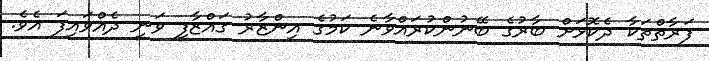
ފަރާތްތަކާ ދެކޮޅަށް ބާރުގެ ބޭނުންކުރައްވާނެ ކަމުގެ އިންޒާރު ގައްޒާފީ ވަނީ ދެއްވައިފަ އެވެ.